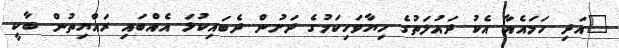
"އަދި ހަމައެއާ އެކު ދައުލަތުގެ ހިޔާވަހިކަމުގެ ދަށުން ދެބައިކުޅަ އެއްބައި ރައްޔިތުން ބާކީ